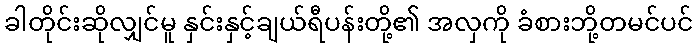
ခါတိုင်းဆိုလျှင်မူ နှင်းနှင့်ချယ်ရီပန်းတို့၏ အလှကို ခံစားဘို့တမင်ပင်